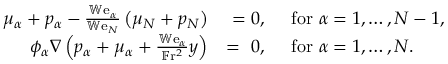
\begin{array} { r l } { \mu _ { \alpha } + p _ { \alpha } - \frac { \mathbb { W } \mathrm { e } _ { \alpha } } { \mathbb { W } \mathrm { e } _ { N } } \left( \mu _ { N } + p _ { N } \right) } & { ~ = 0 , \quad \mathrm { ~ f o r ~ } \alpha = 1 , \dots , N - 1 , } \\ { \phi _ { \alpha } \nabla \left( p _ { \alpha } + \mu _ { \alpha } + \frac { \mathbb { W } \mathrm { e } _ { \alpha } } { \mathbb { F } \mathrm { r } ^ { 2 } } y \right) } & { = ~ 0 , \quad \mathrm { ~ f o r ~ } \alpha = 1 , \dots , N . } \end{array}